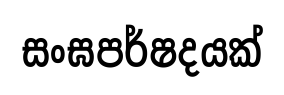
සංඝපර්ෂදයක්